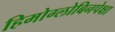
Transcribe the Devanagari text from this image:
हिमोग्लोबिनपेक्षा